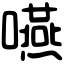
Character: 嚥